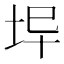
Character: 𡊈